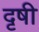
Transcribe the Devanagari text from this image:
दृषी